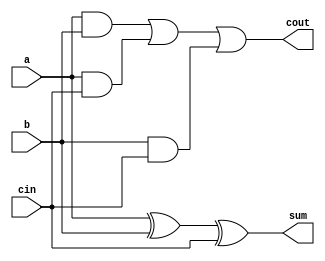
//Full Adder

module FA_S(sum,cout,a,b,cin);
	input a,b,cin;
	output cout,sum;
	wire s1,s2,s3,s4,s5;
	
	xor x1(s1,a,b);
	xor x2(sum,s1,cin);
	
	and a1(s2,a,b);
	and a2(s3,a,cin);
	and a3(s4,b,cin);
	or o1(s5,s2,s3);
	or o2(cout,s5,s4);
endmodule

module FA_B(sum,cout,a,b,cin);
	input a,b,cin;
	output cout,sum;
	wire s1,s2,s3,s4,s5;
	
	assign sum=s1 ^ cin;
	assign s1=a ^b;
	assign s2=a & b;
	assign s3=a & cin;
	assign s4=b & cin;
	assign s5=s2 | s3;
	assign cout=s5 | s4;
	
endmodule